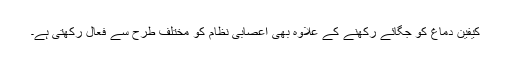
کیفین دماغ کو جگائے رکھنے کے علاوہ بھی اعصابی نظام کو مختلف طرح سے فعال رکھتی ہے۔